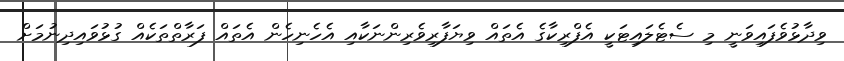
ވިދާޅުވެފައިވަނީ މި ސެޓެލައިޓަކީ އެފްރިކާގެ އެތައް ވިޔަފާރިވެރިންނަކާއި އެހެނިހެން އެތައް ފަރާތްތަކެއް ގުޅުވައިދިނުމަށް